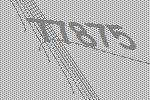
77875